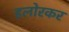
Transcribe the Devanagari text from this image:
हलोरकर